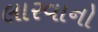
લારવાનો